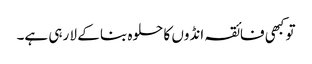
تو کبھی فائقہ انڈوں کا حلوہ بنا کے لا رہی ہے۔